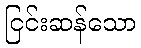
ငြင်းဆန်သော